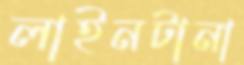
লাইনটানা